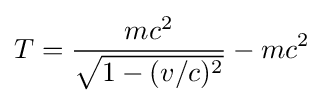
T={\frac {mc^{2}}{\sqrt {1-(v/c)^{2}}}}-mc^{2}